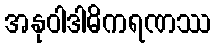
အနုဝါဒါဓိကရဏဿ